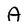
Character: A